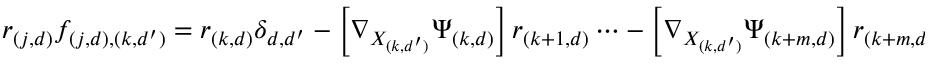
\begin{array} { r } { r _ { ( j , d ) } f _ { ( j , d ) , ( k , d ^ { \prime } ) } = r _ { ( k , d ) } \delta _ { d , d ^ { \prime } } - \left[ \nabla _ { X _ { ( k , d ^ { \prime } ) } } \Psi _ { ( k , d ) } \right] r _ { ( k + 1 , d ) } \cdots - \left[ \nabla _ { X _ { ( k , d ^ { \prime } ) } } \Psi _ { ( k + m , d ) } \right] r _ { { ( k + m , d ) } } = \frac { \partial \phi } { \partial X _ { ( k , d ^ { \prime } ) } } . } \end{array}